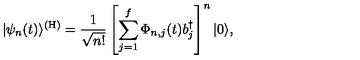
| \psi _ { n } ( t ) \rangle \sp { ( \mathrm { H } ) } = { \frac { 1 } { \sqrt { n ! } } } \left[ \sum _ { j = 1 } \sp f \Phi _ { n , j } ( t ) b _ { j } \sp { \dagger } \right] \sp n | 0 \rangle ,